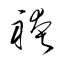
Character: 袴